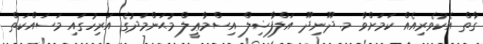
ގާތް އެކުވެރިއެއް ކަމަށްވާ މ. ދޫނިދޫ އަލްފާޟިލް އިސްމާޢީލް މުޙަންމަދުގެ އަރިހުގައި މަސައްކަތް